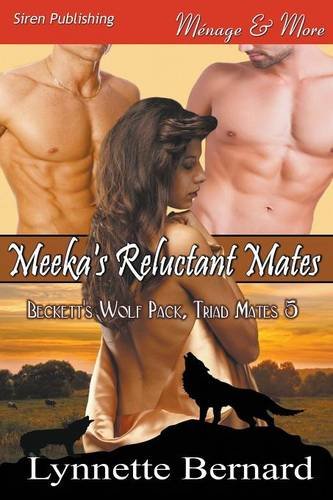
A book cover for Meeka's Reluctant Mates [Beckett's Wolf Pack, Triad Mates 5] (Siren Publishing Menage and More); Lynnette Bernard; Romance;